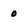
Character: o